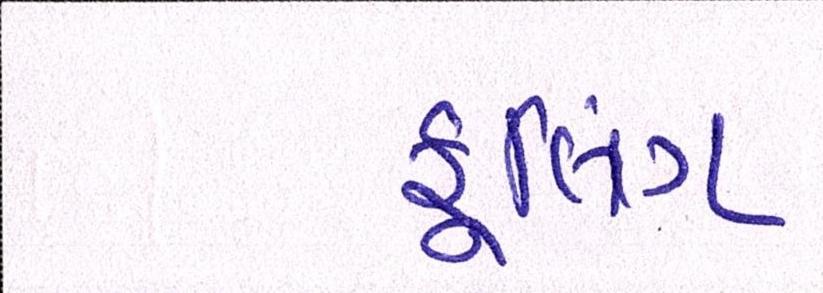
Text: કૂલિંગ